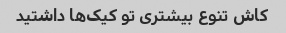
کاش تنوع بیشتری تو کیک‌ها داشتید